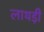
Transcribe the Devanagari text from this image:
लाथड़ी